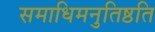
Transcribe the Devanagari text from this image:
समाधिमनुतिष्ठति